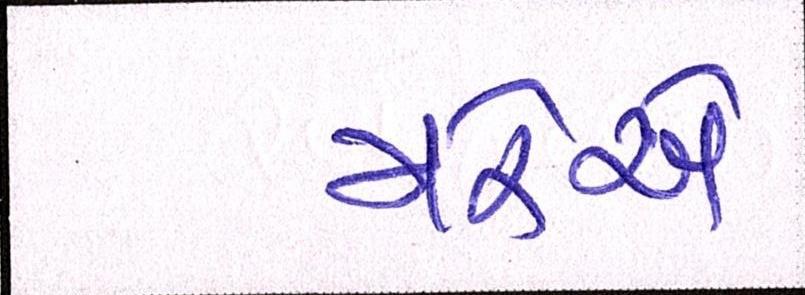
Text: મરેએ